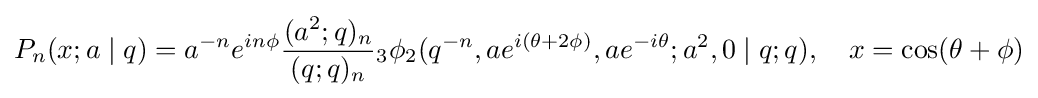
P_{n}(x;a\mid q)=a^{-n}e^{in\phi }{\frac {(a^{2};q)_{n}}{(q;q)_{n}}}{}_{3}\phi _{2}(q^{-n},ae^{i(\theta +2\phi )},ae^{-i\theta };a^{2},0\mid q;q),\quad x=\cos(\theta +\phi )